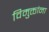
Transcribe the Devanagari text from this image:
विमुक्तांना